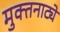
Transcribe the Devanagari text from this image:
मुक्‍तनाट्ये